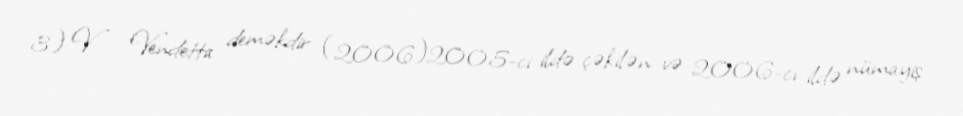
3) V - Vendetta deməkdir (2006)2005-ci ildə çəkilən və 2006-cı ildə nümayiş